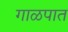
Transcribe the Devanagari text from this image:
गाळपात